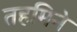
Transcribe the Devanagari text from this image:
तहमिने